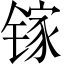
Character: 镓